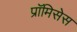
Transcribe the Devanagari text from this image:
प्रॉमिसेस